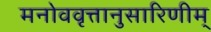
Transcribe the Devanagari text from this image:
मनोववृत्तानुसारिणीम्